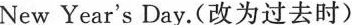
New Year’s Day.(改为过去时)